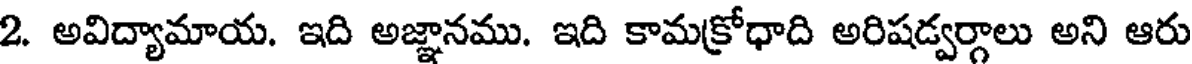
2. అవిద్యామాయ. ఇది అజ్ఞానము. ఇది కామక్రోధాది అరిషడ్వర్గాలు అని ఆరు